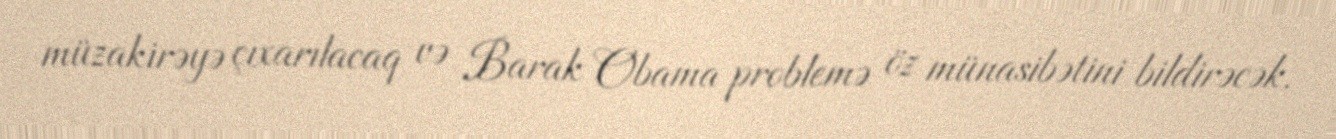
müzakirəyə çıxarılacaq və Barak Obama problemə öz münasibətini bildirəcək.